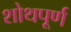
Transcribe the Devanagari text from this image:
शोथपूर्ण